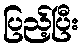
ပြည့်ပြီး